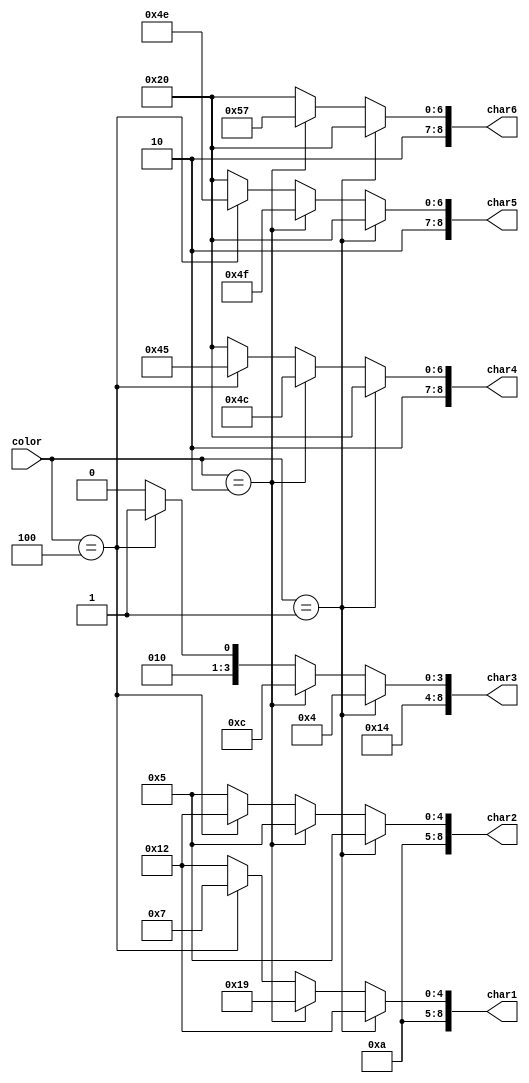


module count_down_2(input [2:0] color, output reg [8:0] char1,char2,char3,char4,char5,char6);	
	always@(color)begin
		if(color==3'b001) begin
									char1=9'h152;
									char2=9'h145;
									char3=9'h144;
									char4=9'h120;
									char5=9'h120;
									char6=9'h120;
								end
		else if(color==3'b010) begin
										char1=9'h159;
										char2=9'h145;
										char3=9'h14C;
										char4=9'h14C;
										char5=9'h14F;
										char6=9'h157;
									end
		else if(color==3'b100) begin
											char1=9'h147;
											char2=9'h152;
											char3=9'h145;
											char4=9'h145;
											char5=9'h14E;
											char6=9'h120;
										end
										
		else begin
					char1=9'h152;
					char2=9'h145;
				   char3=9'h144;
					char4=9'h120;
					char5=9'h120;
					char6=9'h120;
				end
	end
	

endmodule